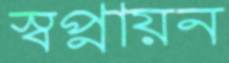
স্বপ্নায়ন